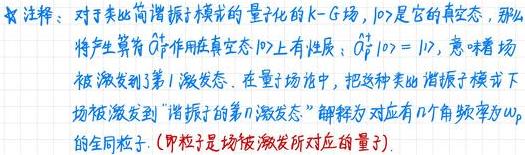
**注释**：对于类此简谐振子模式的量子化的 $k - G$ 场，$|0\rangle$ 是它的真空态，那么将产生算符 $\hat{a}_{p}^{\dagger}$ 作用在真空态 $|0\rangle$ 上有性质：$\hat{a}_{p}^{\dagger}|0\rangle = |1\rangle$，意味着场被激发到了第 $1$ 激发态. 在量子场论中，把这种类此简谐振子模式下场被激发到 “谐振子的第 $n$ 激发态” 解释为对应有 $n$ 个角频率为 $\omega_{p}$ 的全同粒子.（即粒子是场被激发所对应的量子）.